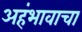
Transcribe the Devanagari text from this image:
अहंभावाचा